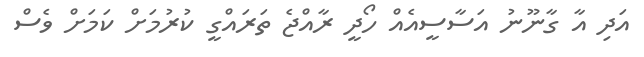
އަދި އާ ގާނޫނު އަސާސީއެއް ހޯދީ ރާއްޖެ ތަރައްގީ ކުރުމަށް ކަމަށް ވެސް